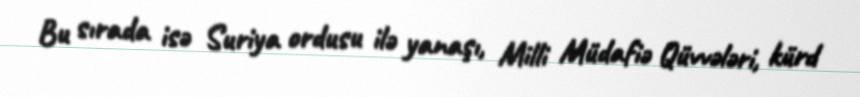
Bu sırada isə Suriya ordusu ilə yanaşı, Milli Müdafiə Qüvvələri, kürd